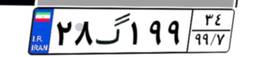
۲۸گ۱۹۹۳۴